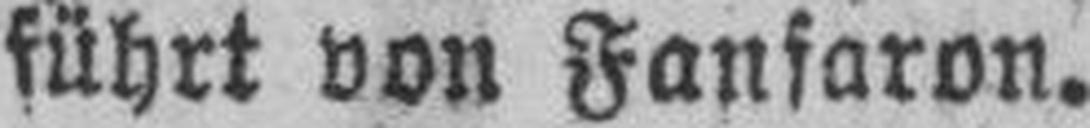
führt von Fanfaron.